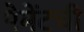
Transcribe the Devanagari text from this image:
पेमेंटची